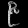
Digit: ၉